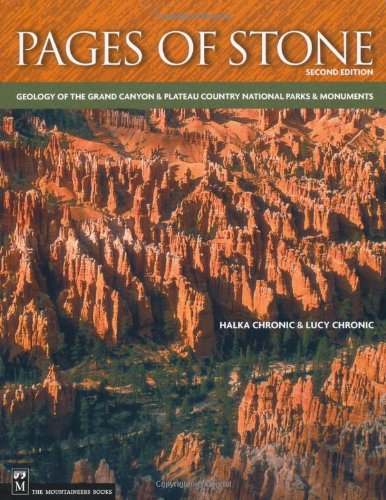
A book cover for Pages of Stone: Geology of the Grand Canyon & Plateau Country National Parks & Monuments; Halka Chronic; Travel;